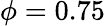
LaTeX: \phi=0.75